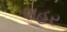
શહર